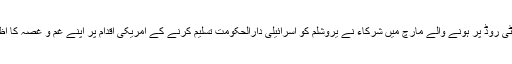
یونیورسٹی روڈ پر ہونے والے مارچ میں شرکاء نے یروشلم کو اسرائیلی دارالحکومت تسلیم کرنے کے امریکی اقدام پر اپنے غم و غصہ کا اظہار کیا۔